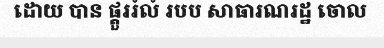
ដោយ បាន ផ្តួររំលំ របប សាធារណរដ្ឋ ចោល